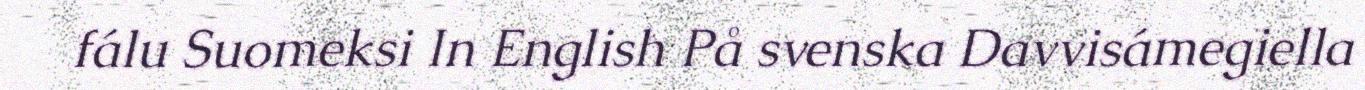
fálu Suomeksi In English På svenska Davvisámegiella